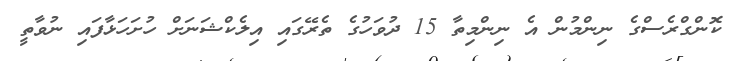
ކޮންގްރެސްގެ ނިންމުން އެ ނިންމިތާ 15 ދުވަހުގެ ތެރޭގައި އިލެކްޝަނަށް ހުށަހަޅާފައި ނުވާތީ